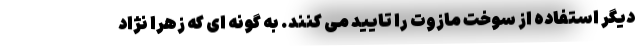
دیگر استفاده از سوخت مازوت را تایید می کنند. به گونه ای که زهرا نژاد